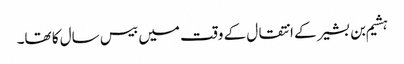
ہشیم بن بشیر کے انتقال کے وقت میں بیس سال کا تھا۔